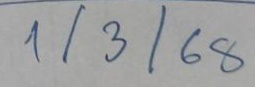
1/3/68